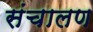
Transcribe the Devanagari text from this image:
संचालण